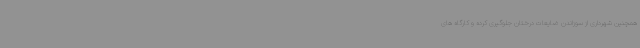
همچنین شهرداری از سوزاندن ضایعات درختان جلوگیری کرده و کارگاه های